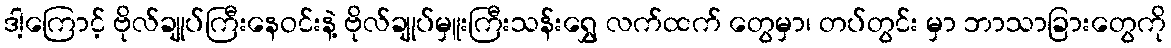
ဒါ့ကြောင့် ဗိုလ်ချုပ်ကြီးနေဝင်းနဲ့ ဗိုလ်ချုပ်မှူးကြီးသန်းရွှေ လက်ထက် တွေမှာ၊ တပ်တွင်း မှာ ဘာသာခြားတွေကို